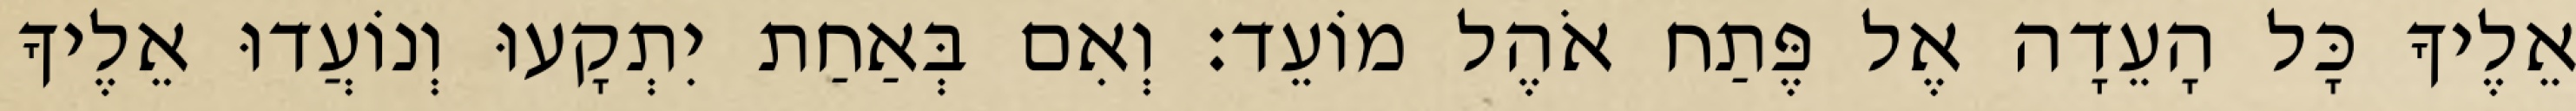
אֵלֶיךָ כָּל הָעֵדָה אֶל פֶּתַח אֹהֶל מוֹעֵד׃ וְאִם בְּאַחַת יִתְקָעוּ וְנוֹעֲדוּ אֵלֶיךָ